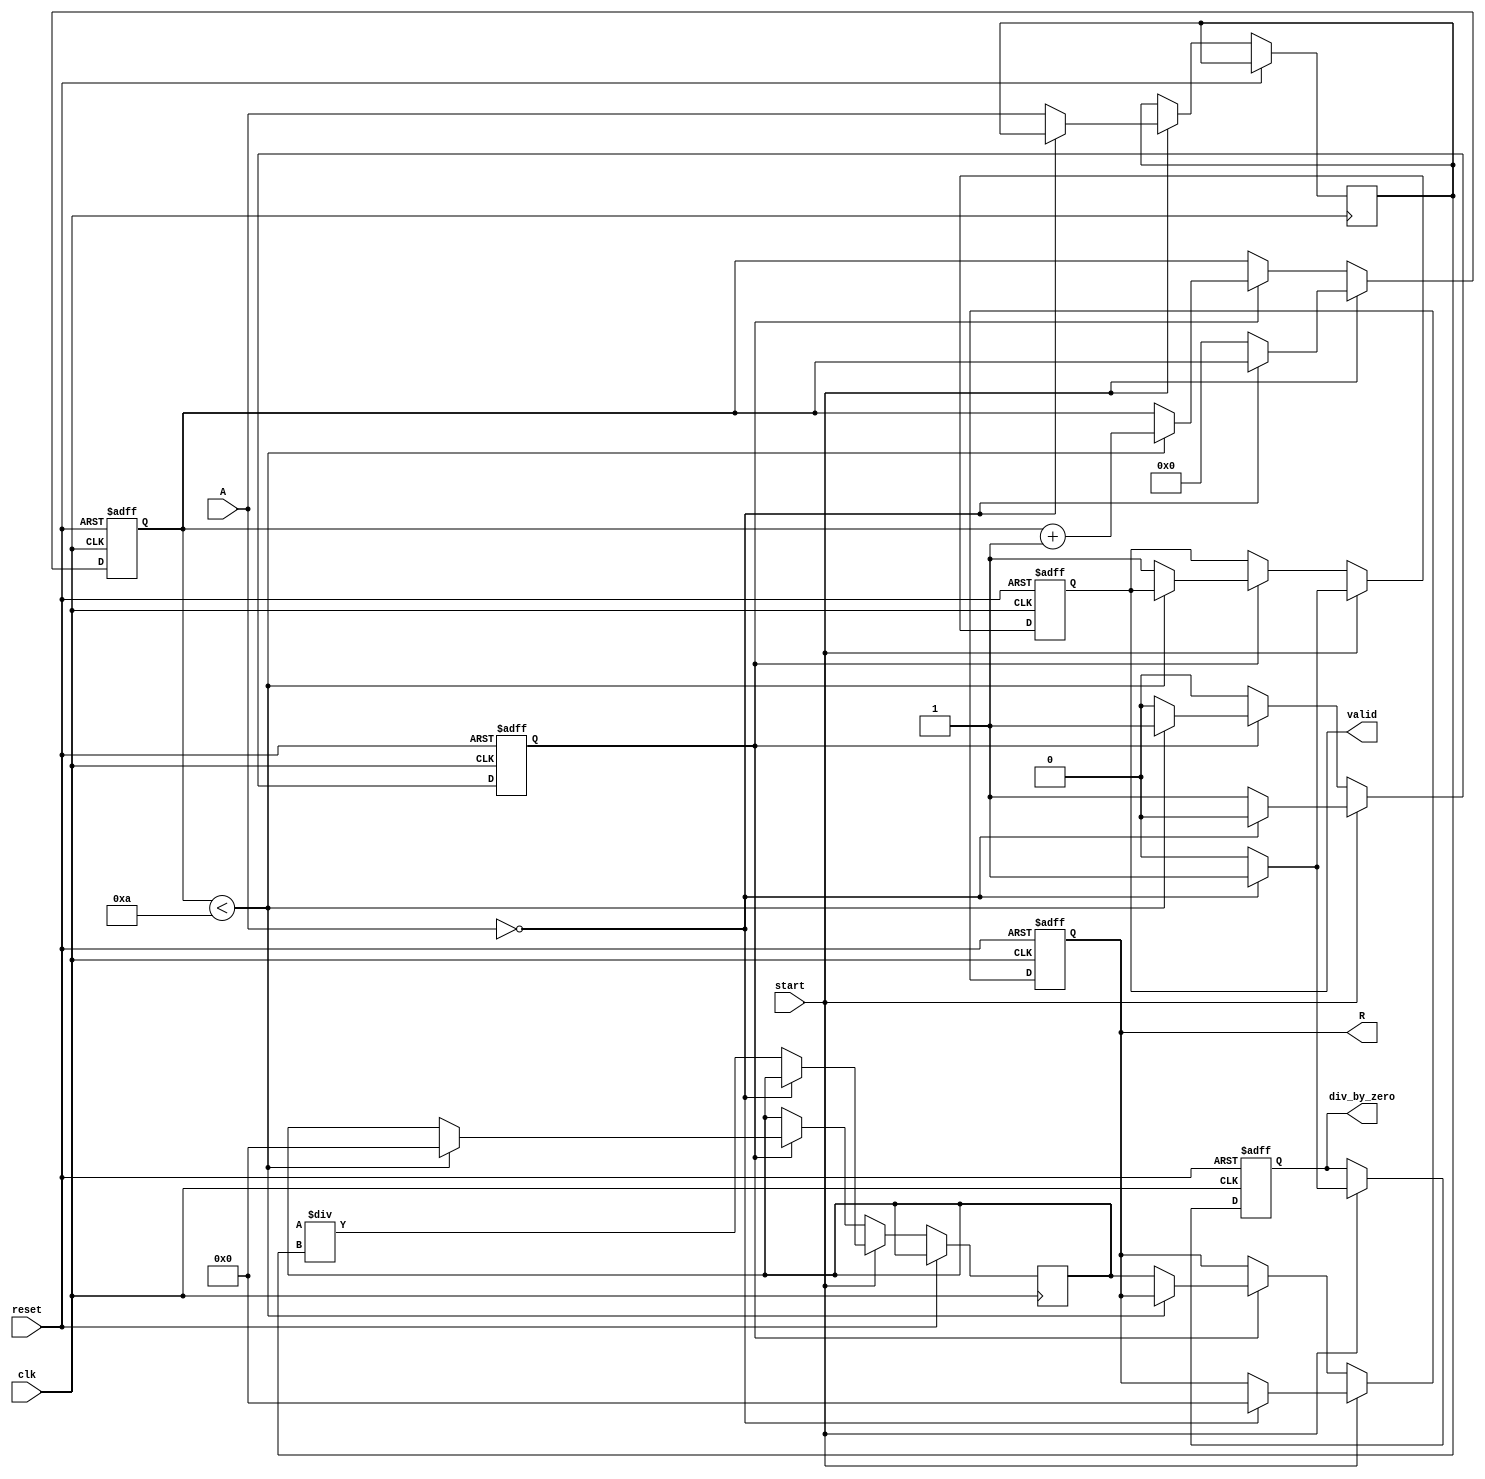
module BitwiseReciprocal #(
    parameter WIDTH_A = 16,  // Width of input A
    parameter WIDTH_R = 32   // Width of output R
)(
    input wire clk,
    input wire reset,
    input wire start,
    input wire [WIDTH_A-1:0] A,
    output reg [WIDTH_R-1:0] R,
    output reg valid,
    output reg div_by_zero
);

    // Internal parameters
    localparam MAX_ITERATIONS = 10; // Number of iterations for convergence
    reg [WIDTH_A-1:0] A_reg;
    reg [WIDTH_R-1:0] approx;
    reg [3:0] iteration_count;
    reg computing;

    // State machine for control
    always @(posedge clk or posedge reset) begin
        if (reset) begin
            R <= 0;
            valid <= 0;
            div_by_zero <= 0;
            computing <= 0;
            iteration_count <= 0;
        end else if (start) begin
            // Check for division by zero
            if (A == 0) begin
                div_by_zero <= 1;
                R <= 0; // Output zero or predefined value
                valid <= 1;
                computing <= 0;
            end else begin
                div_by_zero <= 0;
                A_reg <= A;
                approx <= (1 << WIDTH_R) / A_reg; // Initial approximation
                iteration_count <= 0;
                computing <= 1;
                valid <= 0;
            end
        end else if (computing) begin
            if (iteration_count < MAX_ITERATIONS) begin
                // Iterative refinement of the approximation
                approx <= approx * (2 - A_reg * approx) >> WIDTH_R; // Newton-Raphson iteration
                iteration_count <= iteration_count + 1;
            end else begin
                R <= approx;
                valid <= 1;
                computing <= 0;
            end
        end
    end

endmodule